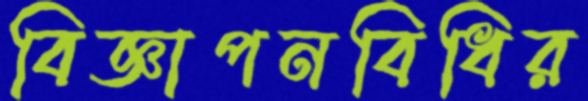
বিজ্ঞাপনবিধির